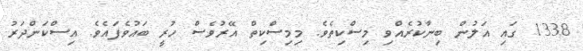
1338 ގައި އަލުން ބިނާކުރެއްވި މިސްކިތެވެ. މިމިސްކިތް އޭރުވެސް ހުރީ ބައުވެފައެވެ. އިސްކަންދަރު